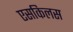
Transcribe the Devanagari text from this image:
एसकिलस